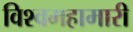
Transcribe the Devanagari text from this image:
विश्वमहामारी